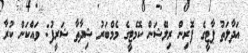
އަދާލަތު ޕާޓީގެ ފޮރިން ރިލޭޝަން ކޮމެޓީގެ މެމްބަރު ޝިދާތާ ޝަރީފު: ވައްކަން ކުރާ